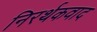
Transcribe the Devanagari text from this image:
निरर्थकवाद